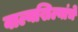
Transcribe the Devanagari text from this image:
वाल्यखिल्यांचे